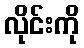
လိုင်းကို